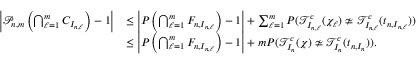
\begin{array} { r l } { \left| \mathcal { P } _ { n , m } \left( \bigcap _ { \ell = 1 } ^ { m } C _ { I _ { n , \ell } } \right) - 1 \right| } & { \leq \left| P \left( \bigcap _ { \ell = 1 } ^ { m } F _ { n , I _ { n , \ell } } \right) - 1 \right| + \sum _ { \ell = 1 } ^ { m } P ( \mathcal { T } _ { I _ { n , \ell } } ^ { c } ( \chi _ { \ell } ) \not \simeq \mathcal { T } _ { I _ { n , \ell } } ^ { c } ( t _ { n , I _ { n , \ell } } ) ) } \\ & { \leq \left| P \left( \bigcap _ { \ell = 1 } ^ { m } F _ { n , I _ { n , \ell } } \right) - 1 \right| + m P ( \mathcal { T } _ { I _ { n } } ^ { c } ( \chi ) \not \simeq \mathcal { T } _ { I _ { n } } ^ { c } ( t _ { n , I _ { n } } ) ) . } \end{array}